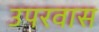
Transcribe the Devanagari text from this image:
उपरवास